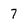
Character: 7